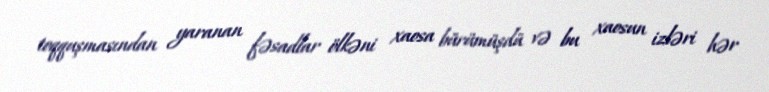
toqquşmasından yaranan fəsadlar ölkəni xaosa bürümüşdü və bu xaosun izləri hər